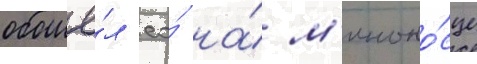
обошё́л ео́ на́ м'иноно́сце